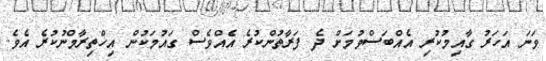
ވަނަ އަހަރު ގާއިމުކުރި އެއްބަސްވުމަށް ދެ ފަރާތުންކުރެ އެއްވެސް ގައުމަކުން އިހްތިރާމްނުކުރެ އެވެ.